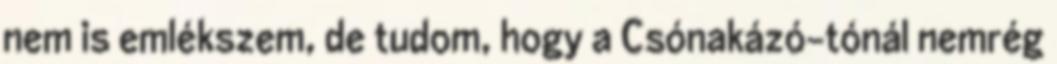
nem is emlékszem, de tudom, hogy a Csónakázó-tónál nemrég